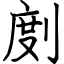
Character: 剫